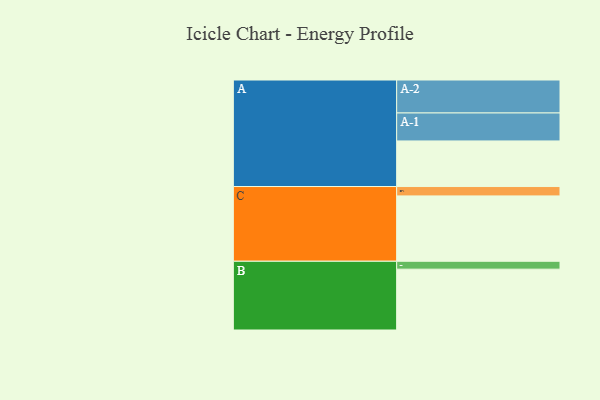
{"axis": {"x": "Segment", "y": "Value"}, "legend": ["", "A", "B", "C"], "data": [{"x": "A", "y": 404, "type": ""}, {"x": "B", "y": 539, "type": ""}, {"x": "C", "y": 579, "type": ""}, {"x": "A-1", "y": 248, "type": "A"}, {"x": "A-2", "y": 292, "type": "A"}, {"x": "B-1", "y": 70, "type": "B"}, {"x": "C-1", "y": 83, "type": "C"}]}